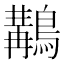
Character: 𪃺